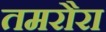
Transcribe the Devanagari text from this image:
तमरौरा